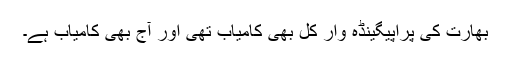
بھارت کی پراپیگینڈہ وار کل بھی کامیاب تھی اور آج بھی کامیاب ہے۔